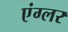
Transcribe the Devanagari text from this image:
एंग्लर